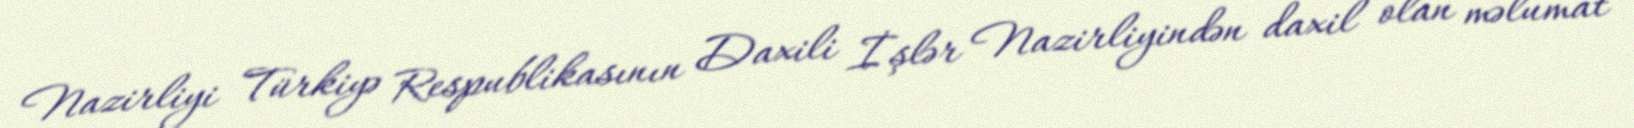
Nazirliyi Türkiyə Respublikasının Daxili İşlər Nazirliyindən daxil olan məlumat